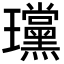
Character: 𪼲